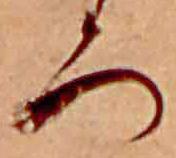
ろ